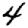
Digit: 4